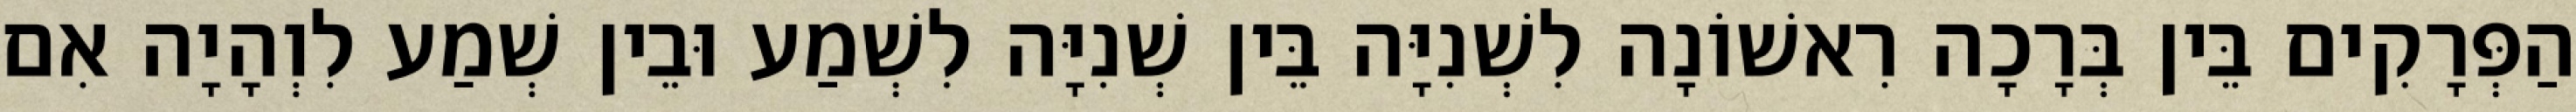
הַפְּרָקִים בֵּין בְּרָכָה רִאשׁוֹנָה לִשְׁנִיָּה בֵּין שְׁנִיָּה לִשְׁמַע וּבֵין שְׁמַע לִוְהָיָה אִם